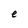
Character: e